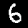
Label: 6